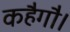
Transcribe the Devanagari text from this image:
कहैगौ।